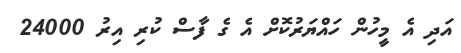
އަދި އެ މީހުން ހައްޔަރުކޮށް އެ ގެ ފާސް ކުރި އިރު 24000